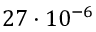
2 7 \cdot 1 0 ^ { - 6 }